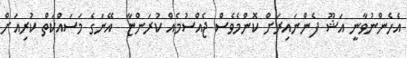
އެހެންނުވާނީ އަޝޫ ފެންނައިރަށް ކޮންމެވެސް ޖެއްސުމެެއް ކުރަންޏާ  އޭނަގެ މަސައްކަތް ކުރިއަށް